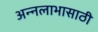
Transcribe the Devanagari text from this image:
अन्नलाभासाठी